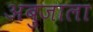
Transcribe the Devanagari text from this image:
अबुजाला